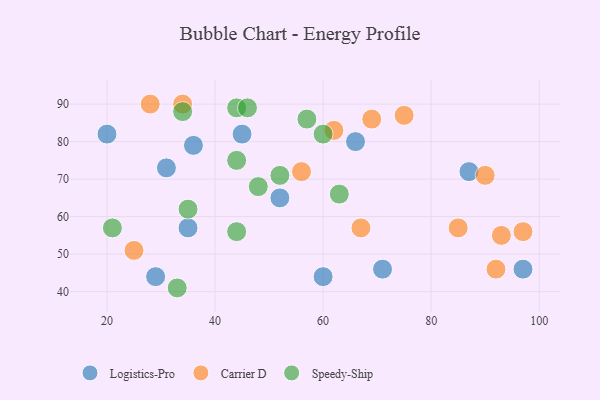
{"axis": {"x": "GDP", "y": "Life Expectancy"}, "legend": ["Carrier D", "Logistics-Pro", "Speedy-Ship"], "data": [{"x": "66", "y": 80, "type": "Logistics-Pro"}, {"x": "29", "y": 44, "type": "Logistics-Pro"}, {"x": "20", "y": 82, "type": "Logistics-Pro"}, {"x": "71", "y": 46, "type": "Logistics-Pro"}, {"x": "31", "y": 73, "type": "Logistics-Pro"}, {"x": "36", "y": 79, "type": "Logistics-Pro"}, {"x": "60", "y": 44, "type": "Logistics-Pro"}, {"x": "52", "y": 65, "type": "Logistics-Pro"}, {"x": "35", "y": 57, "type": "Logistics-Pro"}, {"x": "45", "y": 82, "type": "Logistics-Pro"}, {"x": "87", "y": 72, "type": "Logistics-Pro"}, {"x": "97", "y": 46, "type": "Logistics-Pro"}, {"x": "92", "y": 46, "type": "Carrier D"}, {"x": "28", "y": 90, "type": "Carrier D"}, {"x": "97", "y": 56, "type": "Carrier D"}, {"x": "69", "y": 86, "type": "Carrier D"}, {"x": "62", "y": 83, "type": "Carrier D"}, {"x": "90", "y": 71, "type": "Carrier D"}, {"x": "75", "y": 87, "type": "Carrier D"}, {"x": "25", "y": 51, "type": "Carrier D"}, {"x": "34", "y": 90, "type": "Carrier D"}, {"x": "56", "y": 72, "type": "Carrier D"}, {"x": "67", "y": 57, "type": "Carrier D"}, {"x": "85", "y": 57, "type": "Carrier D"}, {"x": "93", "y": 55, "type": "Carrier D"}, {"x": "33", "y": 41, "type": "Speedy-Ship"}, {"x": "21", "y": 57, "type": "Speedy-Ship"}, {"x": "63", "y": 66, "type": "Speedy-Ship"}, {"x": "44", "y": 89, "type": "Speedy-Ship"}, {"x": "46", "y": 89, "type": "Speedy-Ship"}, {"x": "48", "y": 68, "type": "Speedy-Ship"}, {"x": "44", "y": 75, "type": "Speedy-Ship"}, {"x": "57", "y": 86, "type": "Speedy-Ship"}, {"x": "44", "y": 56, "type": "Speedy-Ship"}, {"x": "60", "y": 82, "type": "Speedy-Ship"}, {"x": "35", "y": 62, "type": "Speedy-Ship"}, {"x": "34", "y": 88, "type": "Speedy-Ship"}, {"x": "52", "y": 71, "type": "Speedy-Ship"}]}